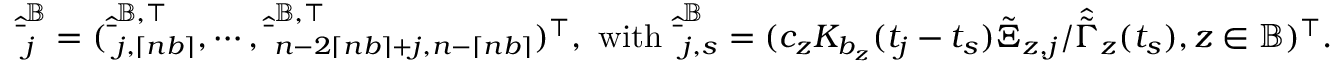
\begin{array} { r } { \quad \hat { \bar { \mathbf \Xi } } _ { j } ^ { \mathbb { B } } = ( \hat { \bar { \mathbf \Xi } } _ { j , \lceil n b \rceil } ^ { \mathbb { B } , \top } , \cdots , \hat { \bar { \mathbf \Xi } } _ { n - 2 \lceil n b \rceil + j , n - \lceil n b \rceil } ^ { \mathbb { B } , \top } ) ^ { \top } , ~ \mathrm { w i t h } ~ \hat { \bar { \mathbf \Xi } } _ { j , s } ^ { \mathbb { B } } = ( c _ { z } K _ { b _ { z } } ( t _ { j } - t _ { s } ) \tilde { \Xi } _ { z , j } / \hat { \tilde { \Gamma } } _ { z } ( t _ { s } ) , z \in \mathbb { B } ) ^ { \top } . } \end{array}